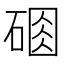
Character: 𥔆